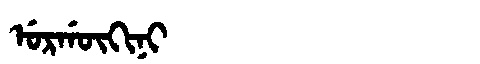
Manchu: ᡠᡵᡤᡡᡴᡳᠨᡳ
Romanization: URGŪKINI